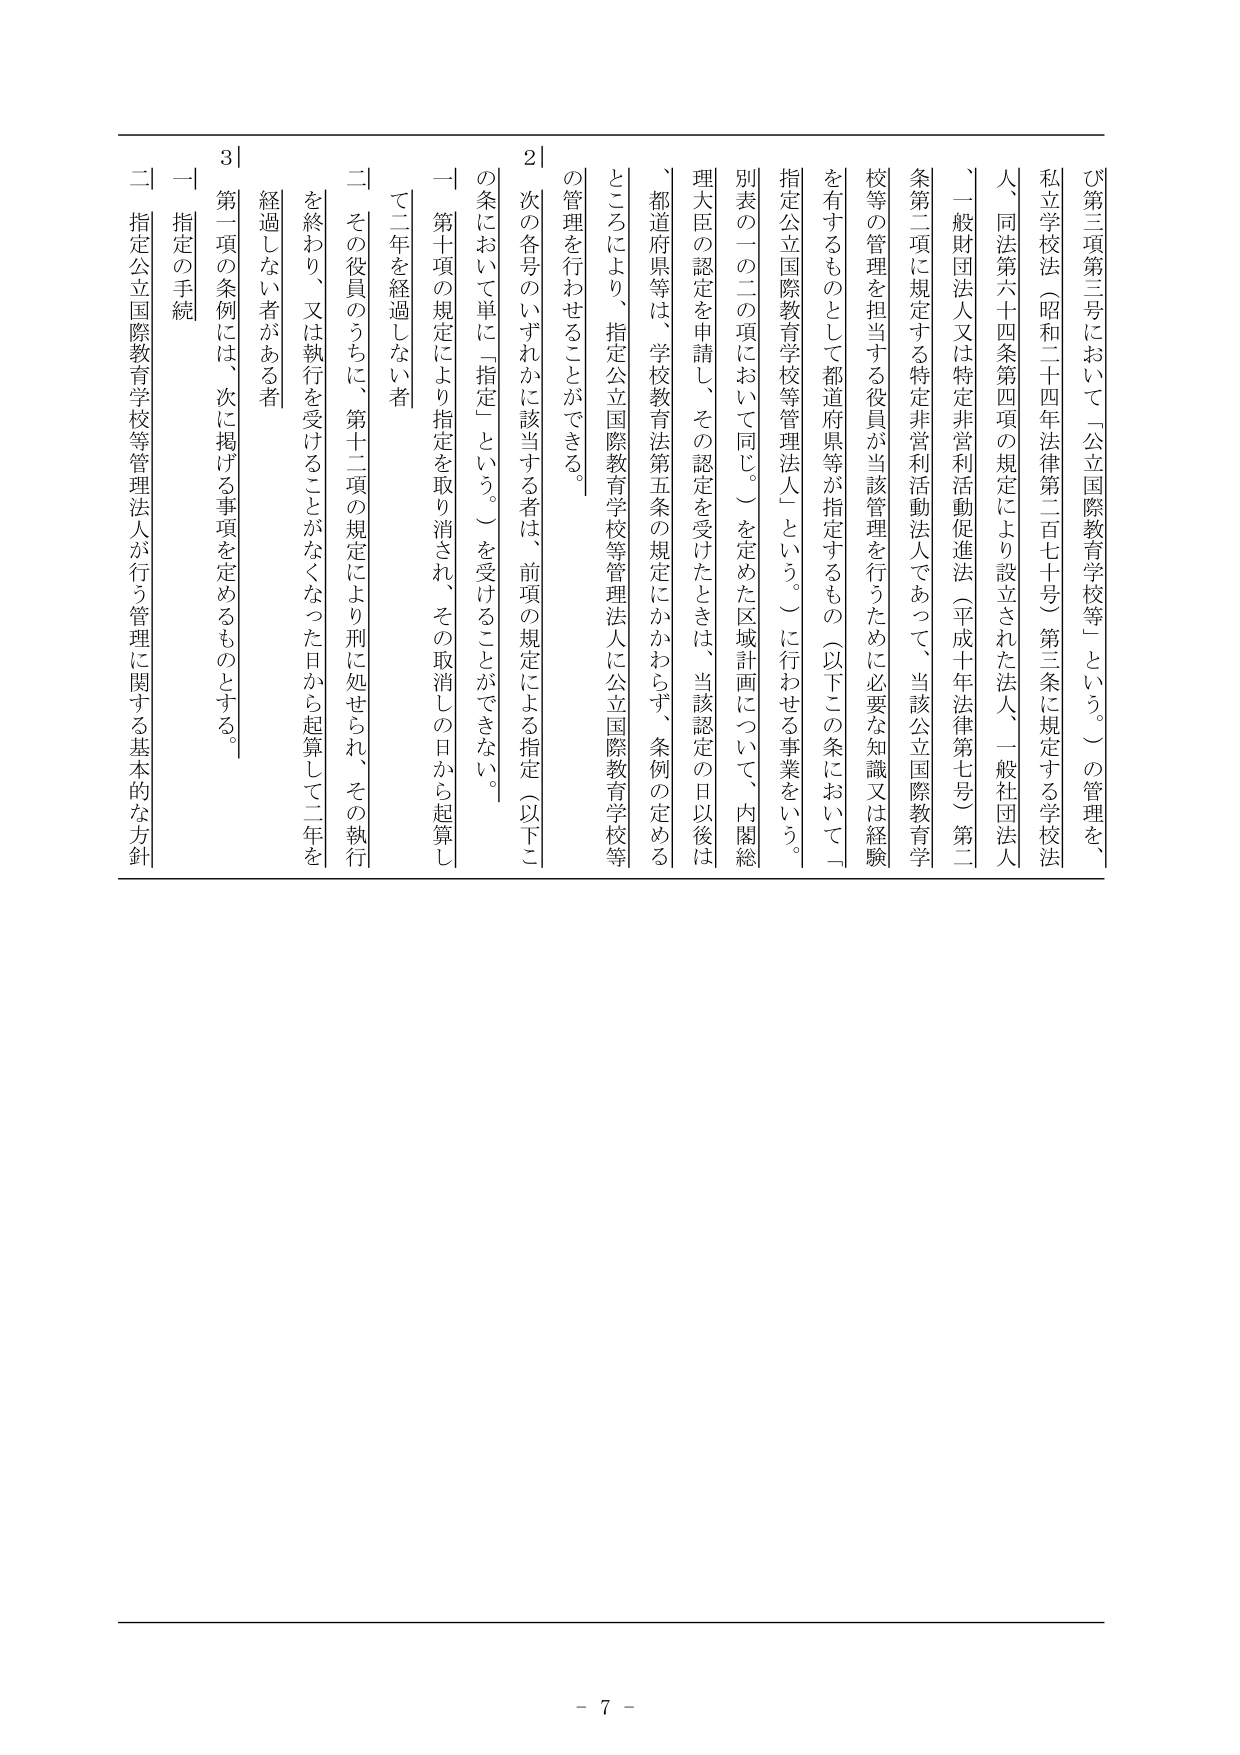
び第三項第三号において「公立国際教育学校等」という。）の管理を、
私立学校法（昭和二十四年法律第二百七十号）第三条に規定する学校法
人、同法第六十四条第四項の規定により設立された法人、一般社団法人
、一般財団法人又は特定非営利活動促進法（平成十年法律第七号）第二
条第二項に規定する特定非営利活動法人であって、当該公立国際教育学
校等の管理を担当する役員が当該管理を行うために必要な知識又は経験
を有するものとして都道府県等が指定するもの（以下この条において「
指定公立国際教育学校等管理法人」という。）に行わせる事業をいう。
別表の一の二の項において同じ。）を定めた区域計画について、内閣総
理大臣の認定を申請し、その認定を受けたときは、当該認定の日以後は
、都道府県等は、学校教育法第五条の規定にかかわらず、条例の定める
ところにより、指定公立国際教育学校等管理法人に公立国際教育学校等
の管理を行わせることができる。
2｜
次の各号のいずれかに該当する者は、前項の規定による指定（以下こ
の条において単に「指定」という。）を受けることができない。
一 第十項の規定により指定を取り消され、その取消しの日から起算し
て二年を経過しない者
二 その役員のうちに、第十二項の規定により刑に処せられ、その執行
を終わり、又は執行を受けることがなくなった日から起算して二年を
経過しない者がある者
3｜
一 指定の手続
第二項の条例には、次に掲げる事項を定めるものとする。
二 指定公立国際教育学校等管理法人が行う管理に関する基本的な方針
- 7 -